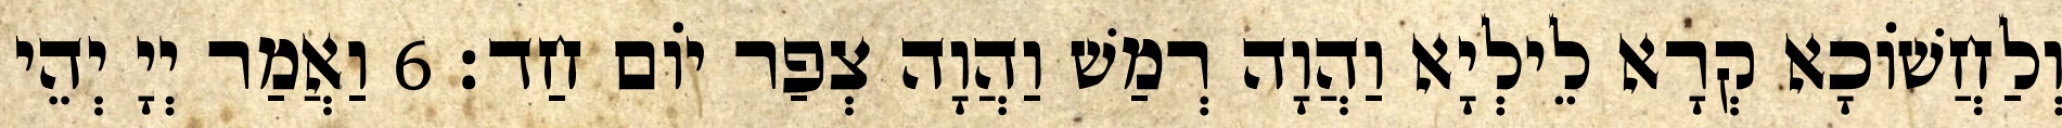
וְלַחֲשׁוֹכָא קְרָא לֵילְיָא וַהֲוָה רְמַשׁ וַהֲוָה צְפַר יוֹם חַד׃ 6 וַאֲמַר יְיָ יְהֵי